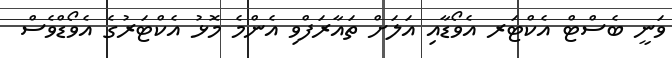
ވަނީ ބެސްޓް އެކްޓަރ އެވޯޑާއި އަލަށް ތައާރަފްވި އެންމެ މޮޅު އެކްޓަރުގެ އެވޯޑްވެސް